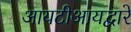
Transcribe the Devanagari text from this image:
आयटीआयद्वारे